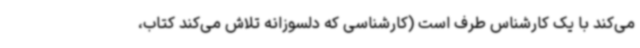
می‌کند با یک کارشناس طرف است (کارشناسی که دلسوزانه تلاش می‌کند کتاب،